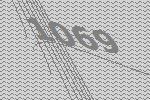
1069